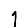
Digit: 1